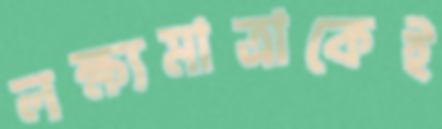
লক্ষ্যমাত্রাকেই